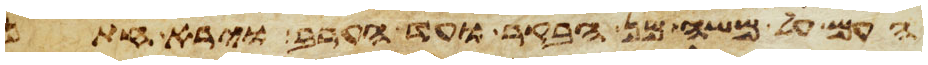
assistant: העם על משה מן הבקר ועד הערב וירא חתן